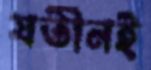
যতীনই